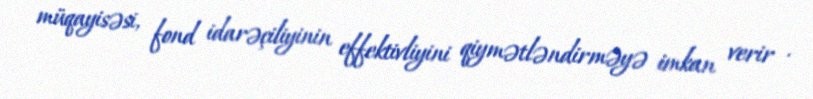
müqayisəsi, fond idarəçiliyinin effektivliyini qiymətləndirməyə imkan verir .